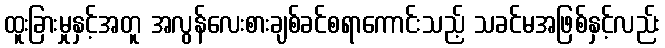
ထူးခြားမှုနှင့်အတူ အလွန်လေးစားချစ်ခင်စရာကောင်းသည့် သခင်မအဖြစ်နှင့်လည်း